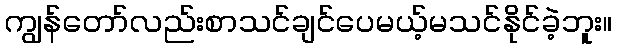
ကျွန်တော်လည်းစာသင်ချင်ပေမယ့်မသင်နိုင်ခဲ့ဘူး။